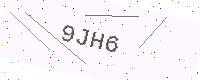
Text: 9JH6